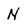
Character: N